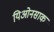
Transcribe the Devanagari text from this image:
यिओनसाक